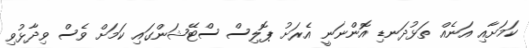
ކަމަށާއި އަނެއް ތަޅުދަނޑި އޮންނަނީ އެރަށު ޕޮލިސް ސްޓޭޝަންގައި ކަމަށް ވެސް ވިދާޅުވި